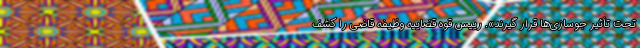
تحت تأثیر جوسازی‌ها قرار گیرند». رییس قوه قضاییه وظیفه قاضی را کشف